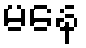
မနေ